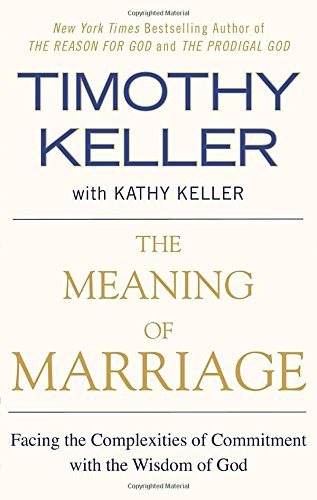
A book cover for The Meaning of Marriage: Facing the Complexities of Commitment with the Wisdom of God; Timothy Keller; Parenting & Relationships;